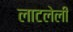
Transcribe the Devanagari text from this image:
लाटलेली